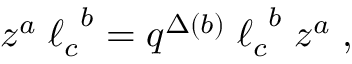
z ^ { a } \; { \ell _ { c } } ^ { b } = q ^ { \Delta ( b ) } \; { \ell _ { c } } ^ { b } \; z ^ { a } \; ,